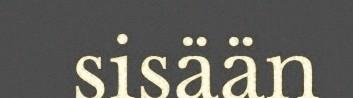
sisään